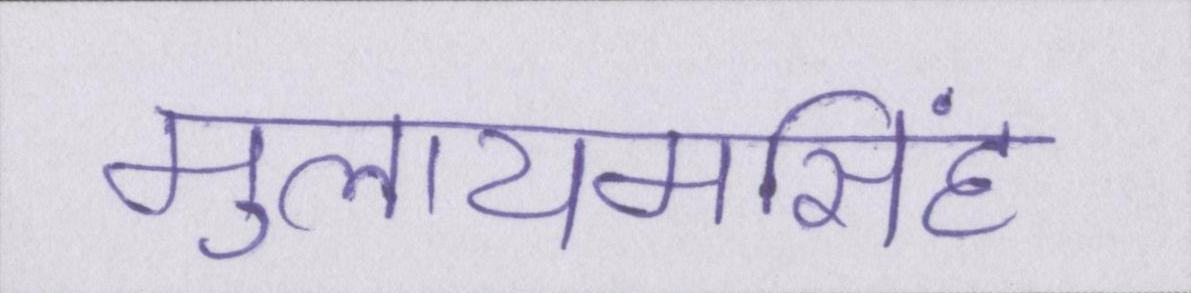
मुलायमसिंह